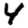
Digit: 4